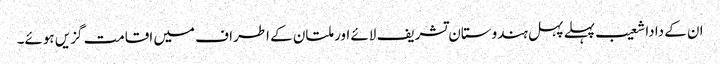
ان کے دادا شعیب پہلے پہل ہندوستان تشریف لائے اور ملتان کے اطراف میں اقامت گزیں ہوئے۔